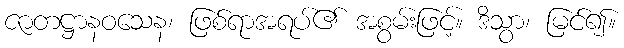
ဇာတဋ္ဌာနဝသေန၊ ဖြစ်ရာအရပ်၏ အစွမ်းဖြင့်။ ဒိသွာ၊ မြင်၍။